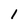
Character: 1